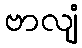
ဗာလျံ